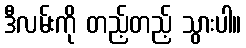
ဒီလမ်းကို တည့်တည့် သွားပါ။